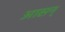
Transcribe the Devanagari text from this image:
आसन्